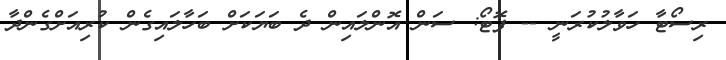
ރިސޯޓާ ހަވާލުކުރަނީ -- ފޮޓޯ: ސަން އޮންލައިން ދެ ބަޔަކަށް ބަހާލައިގެން ކުރިއަށްގެންދާ